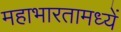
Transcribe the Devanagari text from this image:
महाभारतामध्यें